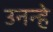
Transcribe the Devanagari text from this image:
उनन्हे